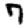
Digit: 7